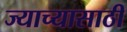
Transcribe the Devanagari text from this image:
ज्याच्यासाठी